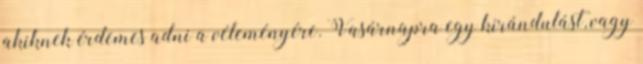
akiknek érdemes adni a véleményére. Vasárnapra egy kirándulást, vagy